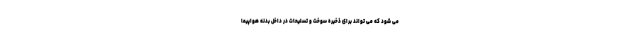
می شود که می تواند برای ذخیره سوخت و تسلیحات در داخل بدنه هواپیما